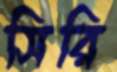
সিরি